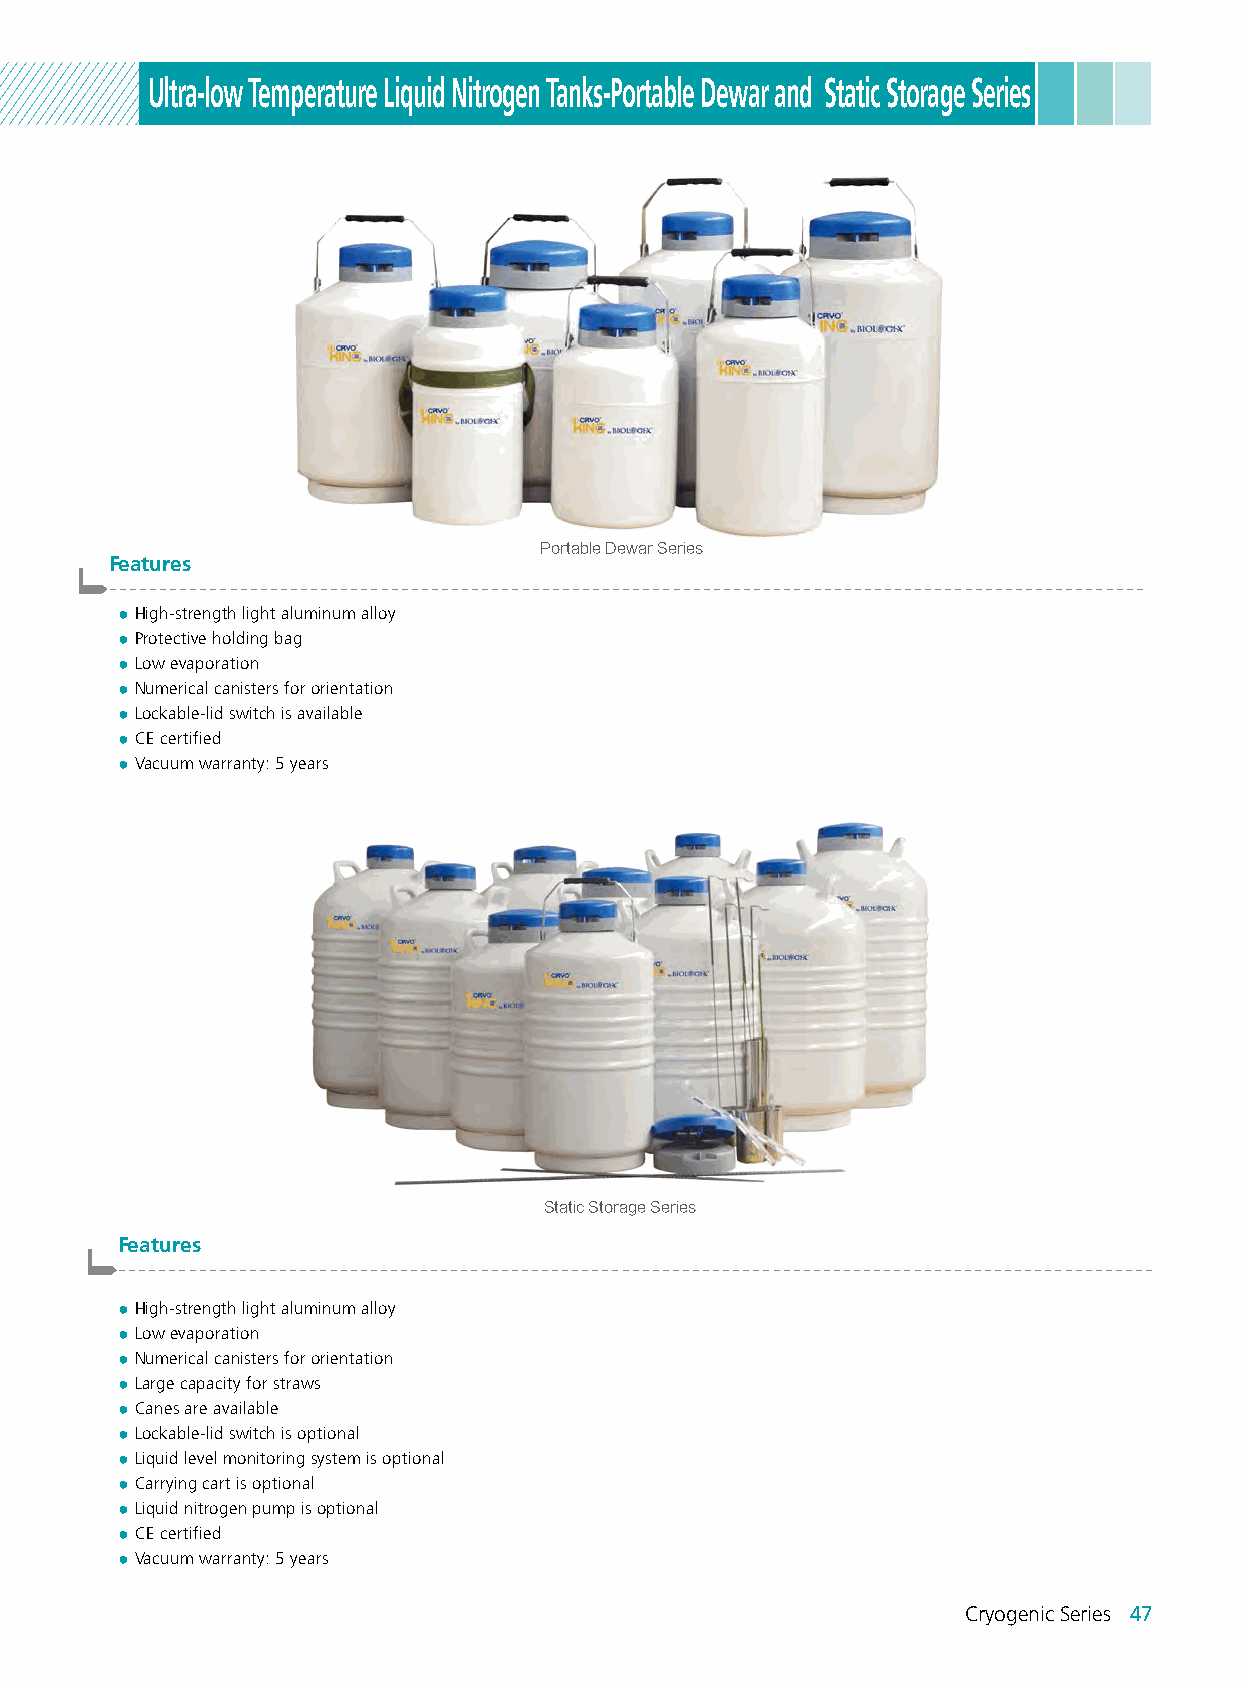
Ultra-low Temperature Liquid Nitrogen Tanks-Portable Dewar and Static Storage Series
 Portable Dewar Series
 Features
 -------------------------------------------------------------------------------------------------------
 ● High-strength light aluminum alloy
 ● Protective holding bag
 ● Low evaporation
 ● Numerical canisters for orientation
 ● Lockable-lid switch is available
 ● CE certified
 ● Vacuum warranty: 5 years
 Static Storage Series
 Features
 -------------------------------------------------------------------------------------------------------
 ● High-strength light aluminum alloy
 ● Low evaporation
 ● Numerical canisters for orientation
 ● Large capacity for straws
 ● Canes are available
 ● Lockable-lid switch is optional
 ● Liquid level monitoring system is optional
 ● Carrying cart is optional
 ● Liquid nitrogen pump is optional
 ● CE certified
 ● Vacuum warranty: 5 years
 Cryogenic Series 47